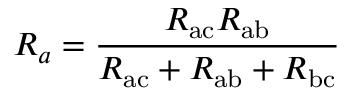
R _ { a } = { \frac { R _ { \mathrm { a c } } R _ { \mathrm { a b } } } { R _ { \mathrm { a c } } + R _ { \mathrm { a b } } + R _ { \mathrm { b c } } } }